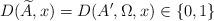
LaTeX: \begin{align*}D(\widetilde A,x) = D(A',\Omega,x) \in \{0,1\}\end{align*}